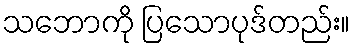
သဘောကို ပြသောပုဒ်တည်း။